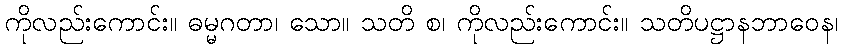
ကိုလည်းကောင်း။ ဓမ္မဂတာ၊ သော။ သတိ စ၊ ကိုလည်းကောင်း။ သတိပဋ္ဌာနဘာဝေန၊